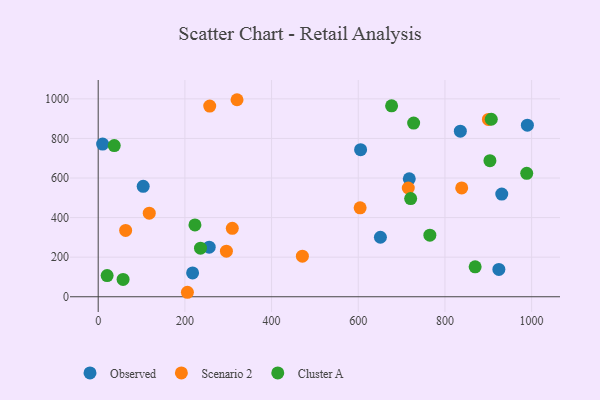
{"axis": {"x": "Ad Spend", "y": "Rating"}, "legend": ["Cluster A", "Observed", "Scenario 2"], "data": [{"x": "990.2", "y": 867.0, "type": "Observed"}, {"x": "931.1", "y": 518.9, "type": "Observed"}, {"x": "256.1", "y": 250.7, "type": "Observed"}, {"x": "651.1", "y": 300.7, "type": "Observed"}, {"x": "103.8", "y": 557.8, "type": "Observed"}, {"x": "835.5", "y": 837.0, "type": "Observed"}, {"x": "217.8", "y": 120.2, "type": "Observed"}, {"x": "717.7", "y": 596.2, "type": "Observed"}, {"x": "924.4", "y": 138.3, "type": "Observed"}, {"x": "605.4", "y": 743.2, "type": "Observed"}, {"x": "10.2", "y": 771.7, "type": "Observed"}, {"x": "471.1", "y": 204.8, "type": "Scenario 2"}, {"x": "715.4", "y": 549.6, "type": "Scenario 2"}, {"x": "205.8", "y": 22.6, "type": "Scenario 2"}, {"x": "117.8", "y": 422.1, "type": "Scenario 2"}, {"x": "604.3", "y": 449.3, "type": "Scenario 2"}, {"x": "838.7", "y": 550.2, "type": "Scenario 2"}, {"x": "295.8", "y": 230.4, "type": "Scenario 2"}, {"x": "257.3", "y": 963.5, "type": "Scenario 2"}, {"x": "320.3", "y": 995.7, "type": "Scenario 2"}, {"x": "309.4", "y": 345.6, "type": "Scenario 2"}, {"x": "900.3", "y": 896.1, "type": "Scenario 2"}, {"x": "63.3", "y": 335.0, "type": "Scenario 2"}, {"x": "57.4", "y": 87.5, "type": "Cluster A"}, {"x": "20.6", "y": 106.9, "type": "Cluster A"}, {"x": "869.7", "y": 151.2, "type": "Cluster A"}, {"x": "37.0", "y": 763.8, "type": "Cluster A"}, {"x": "236.0", "y": 245.6, "type": "Cluster A"}, {"x": "223.2", "y": 363.0, "type": "Cluster A"}, {"x": "906.9", "y": 897.0, "type": "Cluster A"}, {"x": "903.8", "y": 687.9, "type": "Cluster A"}, {"x": "727.8", "y": 877.8, "type": "Cluster A"}, {"x": "720.9", "y": 496.2, "type": "Cluster A"}, {"x": "988.7", "y": 623.8, "type": "Cluster A"}, {"x": "765.2", "y": 311.1, "type": "Cluster A"}, {"x": "676.9", "y": 965.1, "type": "Cluster A"}]}